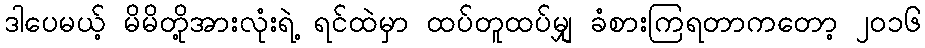
ဒါပေမယ့် မိမိတို့အားလုံးရဲ့ ရင်ထဲမှာ ထပ်တူထပ်မျှ ခံစားကြရတာကတော့ ၂၀၁၆